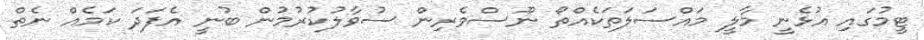
ޓީމުގައި އުޅެނީ މާލީ މައްސަލަތަކެއްތޯ ނޫސްވެރިން ސުވާލުކުރުމުން ބުނީ އެފަދަ ކަމެއް ނެތް